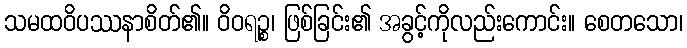
သမထဝိပဿနာစိတ်၏။ ဝိဝရဉ္စ၊ ဖြစ်ခြင်း၏ အခွင့်ကိုလည်းကောင်း။ စေတသော၊